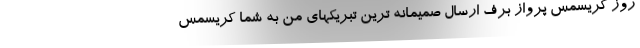
روز کریسمس پرواز برف ارسال صمیمانه ترین تبریکهای من به شما کریسمس